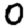
Digit: 0